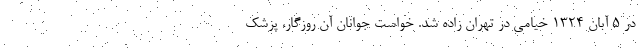
در ۵ آبان ۱۳۲۴ خیامی در تهران زاده شد. خواست جوانان آن روزگار، پزشک